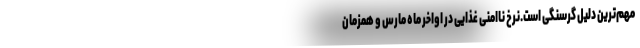
مهم‌ترین دلیل گرسنگی است.نرخ ناامنی غذایی در اواخر ماه مارس و همزمان